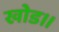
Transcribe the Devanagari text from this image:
खोड॥